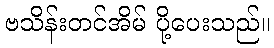
ဗသိန်းတင်အိမ် ပို့ပေးသည်။